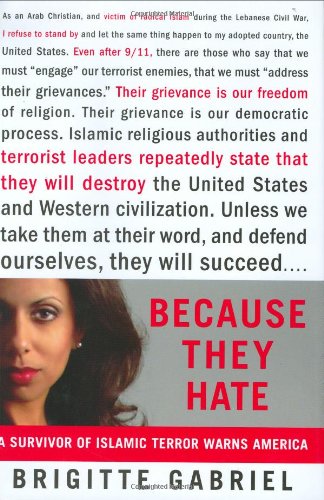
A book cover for Because They Hate: A Survivor of Islamic Terror Warns America; Brigitte Gabriel; Biographies & Memoirs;